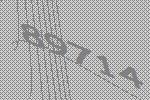
89714